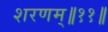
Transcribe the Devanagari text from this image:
शरणम्॥११॥